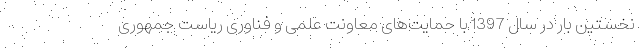
نخستین بار در سال 1397 با حمایت‌های معاونت علمی و فناوری ریاست جمهوری